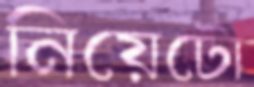
নিয়েটো